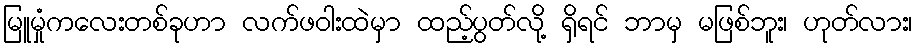
မြူမှုံကလေးတစ်ခုဟာ လက်ဖဝါးထဲမှာ ထည့်ပွတ်လို့ ရှိရင် ဘာမှ မဖြစ်ဘူး၊ ဟုတ်လား၊